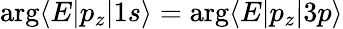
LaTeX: \arg\langle E|p_{z}|1s\rangle=\arg\langle E|p_{z}|3p\rangle